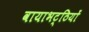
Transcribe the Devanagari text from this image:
वायाभट्ठियों